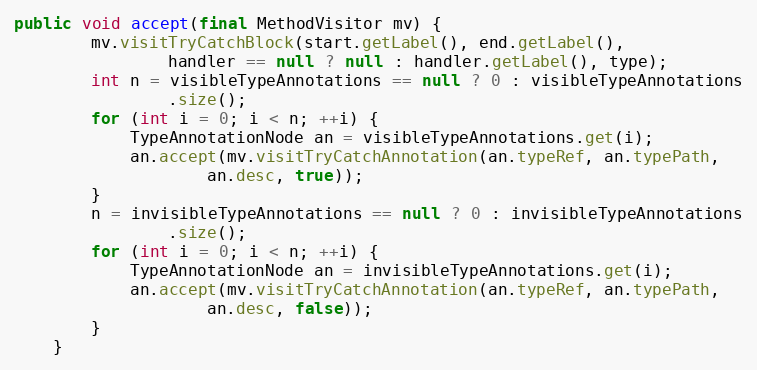
Language: Java
public void accept(final MethodVisitor mv) {
        mv.visitTryCatchBlock(start.getLabel(), end.getLabel(),
                handler == null ? null : handler.getLabel(), type);
        int n = visibleTypeAnnotations == null ? 0 : visibleTypeAnnotations
                .size();
        for (int i = 0; i < n; ++i) {
            TypeAnnotationNode an = visibleTypeAnnotations.get(i);
            an.accept(mv.visitTryCatchAnnotation(an.typeRef, an.typePath,
                    an.desc, true));
        }
        n = invisibleTypeAnnotations == null ? 0 : invisibleTypeAnnotations
                .size();
        for (int i = 0; i < n; ++i) {
            TypeAnnotationNode an = invisibleTypeAnnotations.get(i);
            an.accept(mv.visitTryCatchAnnotation(an.typeRef, an.typePath,
                    an.desc, false));
        }
    }